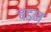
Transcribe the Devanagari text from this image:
बड़न